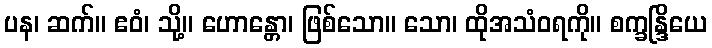
ပန၊ ဆက်။ ဧဝံ၊ သို့။ ဟောန္တော၊ ဖြစ်သော။ သော၊ ထိုအသံဝရကို။ စက္ခန္ဒြိယေ